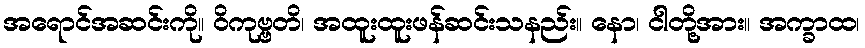
အရောင်အဆင်းကို။ ဝိကုဗ္ဗတိ၊ အထူးထူးဖန်ဆင်းသနည်း။ နော၊ ငါတို့အား။ အက္ခာထ၊